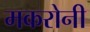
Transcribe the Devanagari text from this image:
मकरोनी